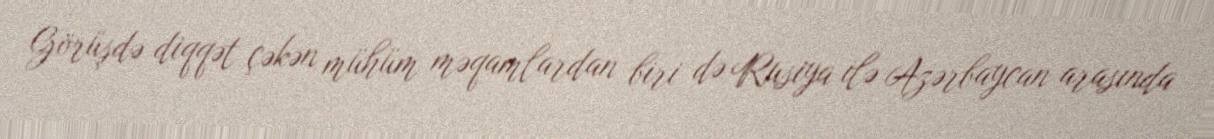
Görüşdə diqqət çəkən mühüm məqamlardan biri də Rusiya ilə Azərbaycan arasında